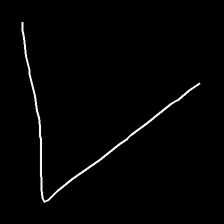
Glyph: region